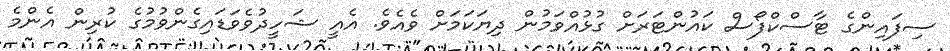
ސިފައިންގެ ޓާސްކްފޯސް ކައުންޓަރަށް ގުޅުއްވަމުން ދިޔަކަމަށް ވެއެވެ. އެއީ ޝަހީދުވެވަޑައިގެންވުމުގެ ކުރިން އެންމެ